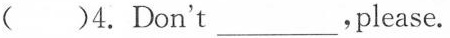
()4.Don't___,please.